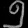
Digit: ၅